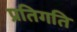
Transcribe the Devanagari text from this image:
प्रतिगति